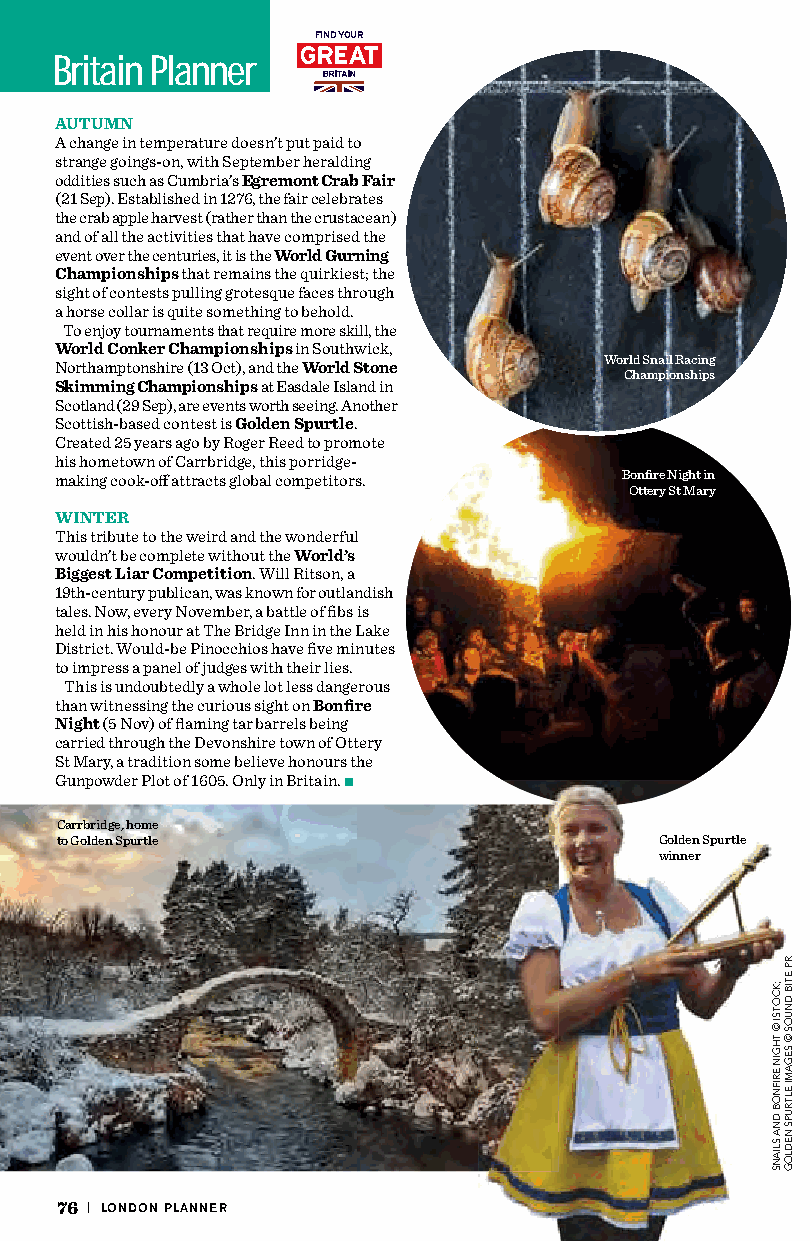
FIND YOUR
 Britain Planner
 AUTUMN
 A change in temperature doesn’t put paid to
 strange goings-on, with September heralding
 oddities such as Cumbria’s Egremont Crab Fair
 (21 Sep). Established in 1276, the fair celebrates
 the crab apple harvest (rather than the crustacean)
 and of all the activities that have comprised the
 event over the centuries, it is the World Gurning
 Championships that remains the quirkiest; the
 sight of contests pulling grotesque faces through
 a horse collar is quite something to behold.
 To enjoy tournaments that require more skill, the
 World Conker Championships in Southwick,
 World Snail Racing
 Northamptonshire (13 Oct), and the World Stone
 Championships
 Skimming Championships at Easdale Island in
 Scotland (29 Sep), are events worth seeing. Another
 Scottish-based contest is Golden Spurtle.
 Created 25 years ago by Roger Reed to promote
 his hometown of Carrbridge, this porridge-
 making cook-off attracts global competitors. Bonfire Night in
 Ottery St Mary
 WINTER
 This tribute to the weird and the wonderful
 wouldn’t be complete without the World’s
 Biggest Liar Competition. Will Ritson, a
 19th-century publican, was known for outlandish
 tales. Now, every November, a battle of fibs is
 held in his honour at The Bridge Inn in the Lake
 District. Would-be Pinocchios have five minutes
 to impress a panel of judges with their lies.
 This is undoubtedly a whole lot less dangerous
 than witnessing the curious sight on Bonfire
 Night (5 Nov) of flaming tar barrels being
 carried through the Devonshire town of Ottery
 St Mary, a tradition some believe honours the
 Gunpowder Plot of 1605. Only in Britain.
 Carrbridge, home
 to Golden Spurtle                       Golden Spurtle
 winner
 76 | LONDON PLANNER
 ;;KKCCOOTTSSII
 ©©
 TTHHGGIINN
 EERRIIFFNNOOBB
 DDNNAA
 SSLLIIAANNSS
 RRPP
 EETTIIBB
 DDNNUUOOSS
 ©©
 SSEEGGAAMMII
 EELLTTRRUUPPSS
 NNEEDDLLOOGG